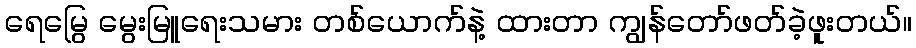
ရေမြွေ မွေးမြူရေးသမား တစ်ယောက်နဲ့ ထားတာ ကျွန်တော်ဖတ်ခဲ့ဖူးတယ်။